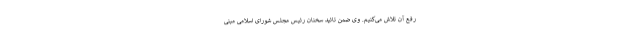
رفع آن تلاش می­کنیم. وی ضمن تائید سخنان رئیس مجلس شورای اسلامی مبنی